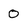
Character: 0